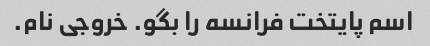
اسم پایتخت فرانسه را بگو. خروجی نام.